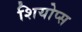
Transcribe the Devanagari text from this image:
शियोप्‍स